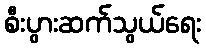
စီးပွားဆက်သွယ်ရေး